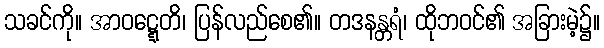
သခင်ကို။ အာဝဋ္ဋေတိ၊ ပြန်လည်စေ၏။ တဒနန္တရံ၊ ထိုဘဝင်၏ အခြားမဲ့၌။